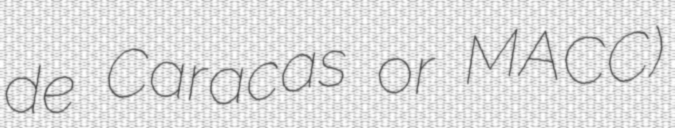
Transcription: de Caracas or MACC)